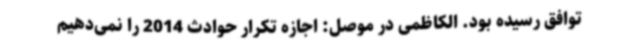
توافق رسیده بود. الکاظمی در موصل: اجازه تکرار حوادث 2014 را نمی‌دهیم